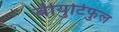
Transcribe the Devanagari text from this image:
बीयुटिफुल